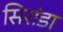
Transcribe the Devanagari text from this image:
सिरांडा